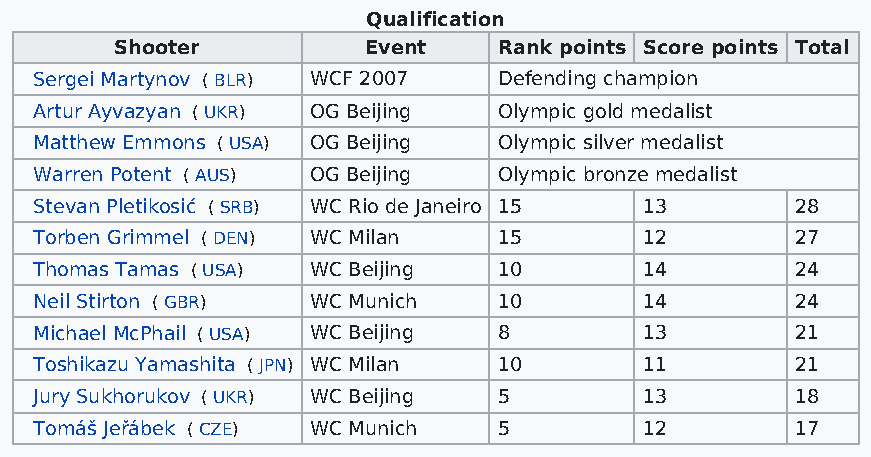
Qualification
 Shooter         Event    Rank points Score points Total
 Sergei Martynov ( BLR) WCF 2007 Defending champion
 Artur Ayvazyan ( UKR) OG Beijing Olympic gold medalist
 Matthew Emmons ( USA) OG Beijing Olympic silver medalist
 Warren Potent ( AUS) OG Beijing Olympic bronze medalist
 Stevan Pletikosić ( SRB) WC Rio de Janeiro 15 13   28
 Torben Grimmel ( DEN) WC Milan 15        12        27
 Thomas Tamas ( USA) WC Beijing 10        14        24
 Neil Stirton ( GBR) WC Munich  10        14        24
 Michael McPhail ( USA) WC Beijing 8      13        21
 Toshikazu Yamashita ( JPN) WC Milan 10   11        21
 Jury Sukhorukov ( UKR) WC Beijing 5      13        18
 Tomáš Jeřábek ( CZE) WC Munich 5         12        17